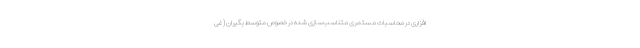
افزاری در محاسبات مستمری متناسب‌سازی شده در خصوص متوسط بگیران (غی